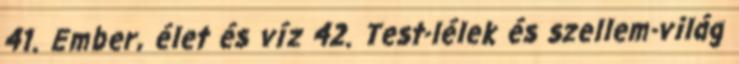
41. Ember, élet és víz 42. Test-lélek és szellem-világ